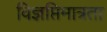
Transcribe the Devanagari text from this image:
विज्ञप्तिमात्रता